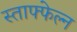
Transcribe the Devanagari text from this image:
स्ताफ्फेल्न